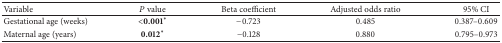
<table><thead><tr><td><b>Variable</b></td><td><b><i>P</i> value</b></td><td><b>Beta coefficient</b></td><td><b>Adjusted odds ratio</b></td><td><b>95% CI</b></td></tr></thead><tbody><tr><td>Gestational age (weeks)</td><td>&lt;0.001*</td><td>−0.723</td><td>0.485</td><td>0.387–0.609</td></tr><tr><td>Maternal age (years)</td><td>0.012*</td><td>−0.128</td><td>0.880</td><td>0.795–0.973</td></tr></tbody></table>